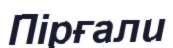
Пірғали